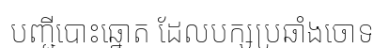
បញ្ជីបោះឆ្នោត ដែលបក្សប្រឆាំងចោទ